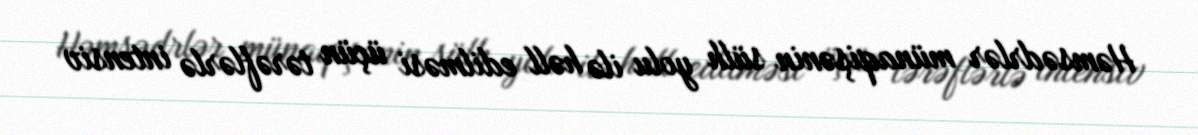
Həmsədrlər münaqişənin sülh yolu ilə həll edilməsi üçün tərəflərlə intensiv